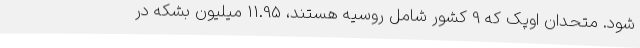
شود. متحدان اوپک که 9 کشور شامل روسیه هستند، 11.95 میلیون بشکه در